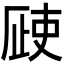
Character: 𣦆